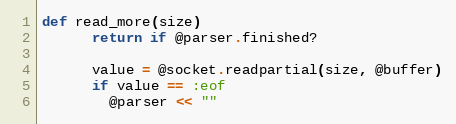
Language: Ruby
def read_more(size)
      return if @parser.finished?

      value = @socket.readpartial(size, @buffer)
      if value == :eof
        @parser << ""